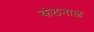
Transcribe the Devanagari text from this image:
कंठनाळ